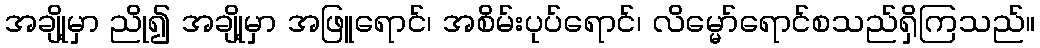
အချို့မှာ ညို၍ အချို့မှာ အဖြူရောင်၊ အစိမ်းပုပ်ရောင်၊ လိမ္မော်ရောင်စသည်ရှိကြသည်။